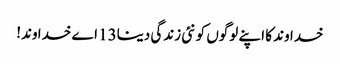
خدا وند کا اپنے لوگوں کو نئی زندگی دینا13 اے خدا وند!